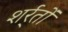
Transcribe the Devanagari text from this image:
शर्र्तों